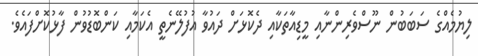
ލިޔުމެއްގެ ސަބަބުން ނޫސްވެރިންނާއި މީޑިއާތަކާއި ދެކޮޅަށް ދައުވާ އުފުލޭނެތީ އެކަމާއި ކަންބޮޑުވުން ފާޅުކޮށްފައެވެ.